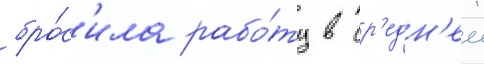
бро́с'ила рабо́ту в ср'едн'еи